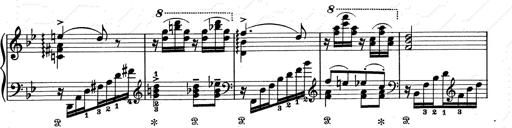
Title: Aus Lohengrin
Composer: Franz Liszt